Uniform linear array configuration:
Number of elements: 16
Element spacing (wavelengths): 0.25
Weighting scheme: kaiser
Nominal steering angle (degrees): -60
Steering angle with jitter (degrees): -60.462
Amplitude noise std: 0.05
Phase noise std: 0.05

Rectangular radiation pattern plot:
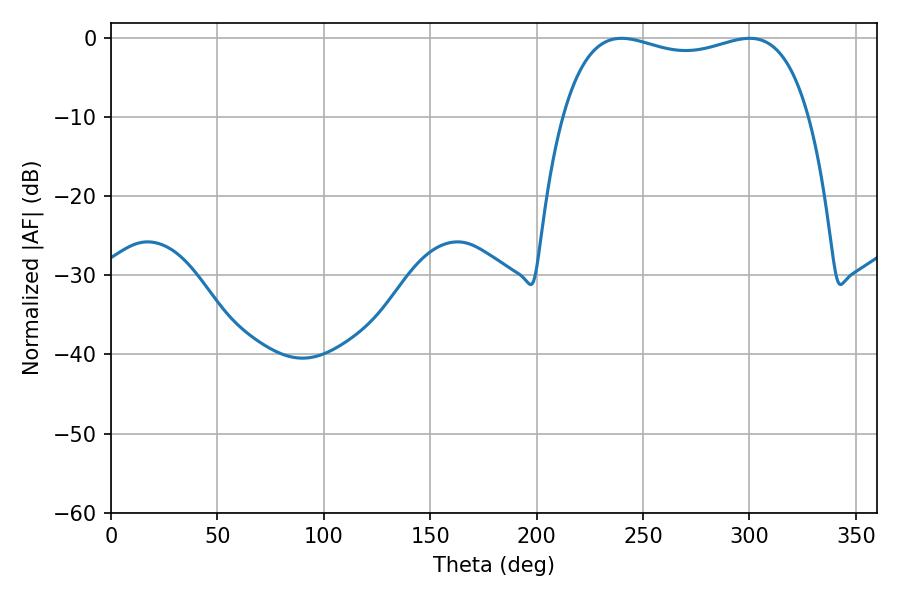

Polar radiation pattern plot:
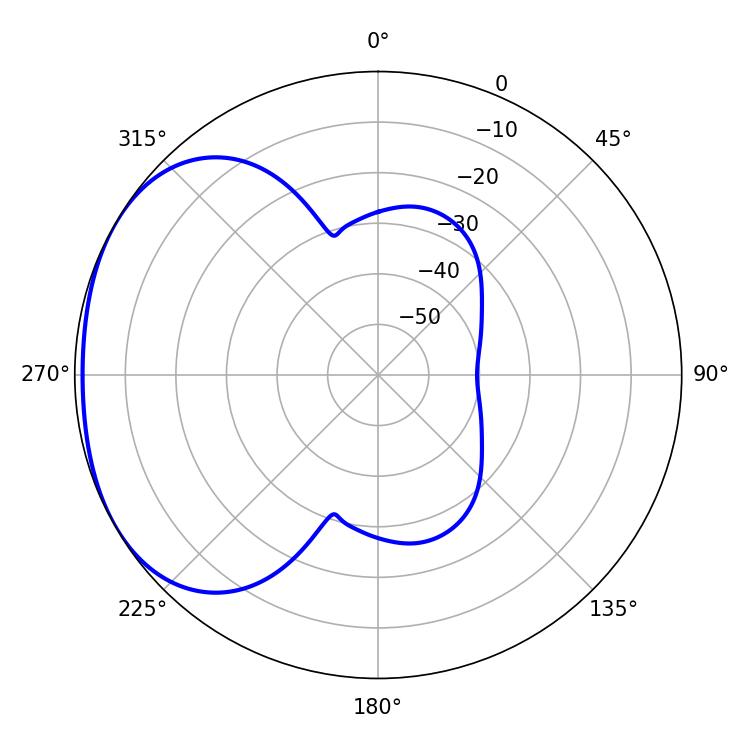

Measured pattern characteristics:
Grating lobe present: FALSE
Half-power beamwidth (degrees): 94.32
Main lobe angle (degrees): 239.94